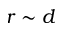
r \sim d